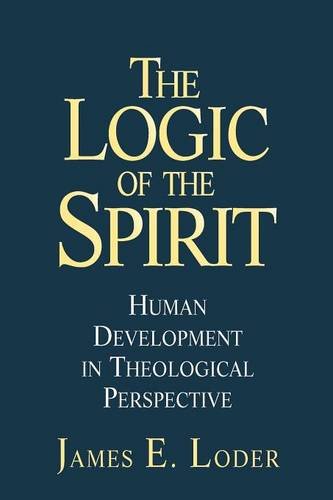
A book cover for The Logic of the Spirit: Human Development in Theological Perspective; James E. Loder; Religion & Spirituality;